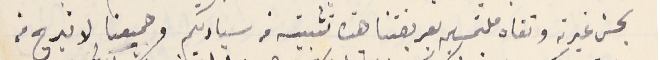
بحسن غيرته وتقاه ملتمسين بعريضتنا هذه تثبيته من سيادتكم وجميعنا لا نبرح منه